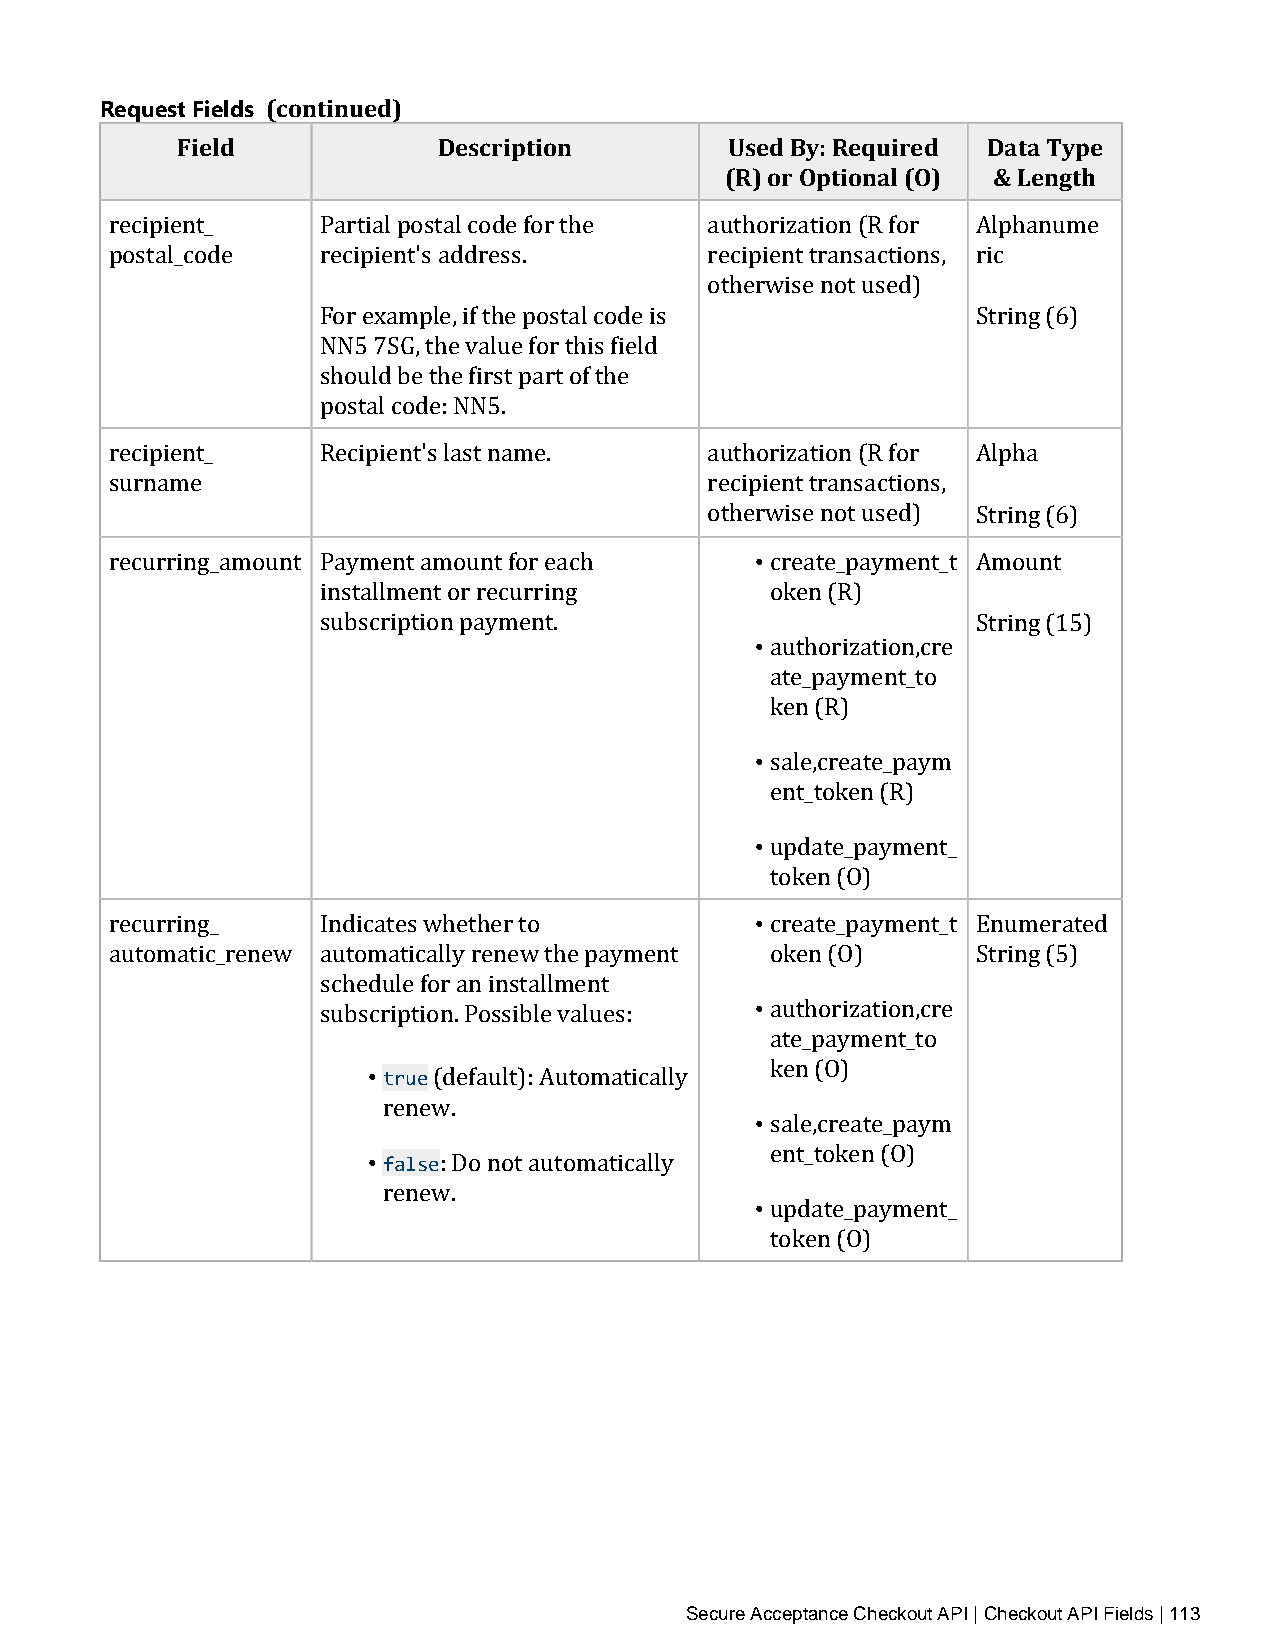
Request Fields (continued)
 Field            Description        Used By: Required Data Type
 (R) or Optional (O) & Length
 recipient_    Partial postal code for the authorization (R for Alphanume
 postal_code   recipient's address.      recipient transactions, ric
 otherwise not used)
 For example, if the postal code is          String (6)
 NN5 7SG, the value for this field
 should be the first part of the
 postal code: NN5.
 recipient_    Recipient's last name.    authorization (R for Alpha
 surname                                 recipient transactions,
 othe•rwise not used) String (6)
 recurring_amount Payment amount for each    create_payment_t Amount
 installment or recurring     • oken (R)
 subscription payment.                       String (15)
 authorization,cre
 ate_payment_to
 • ken (R)
 sale,create_paym
 • ent_token (R)
 update_payment_
 •
 token (O)
 recurring_    Indicates whether to          create_payment_t Enumerated
 automatic_renew automatically renew the payment • oken (O) String (5)
 schedule for an installment
 subscription. Possible values: authorization,cre
 • true
 ate_payment_to
 • ken (O)
 (default): Automatically
 • rfeanlseew.
 sale,create_paym
 • ent_token (O)
 : Do not automatically
 renew.
 update_payment_
 token (O)
 Secure Acceptance Checkout API | Checkout API Fields | 113